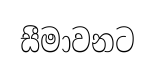
සීමාවනට